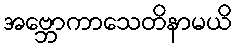
အဗ္ဘောကာသေတိနာမယိ